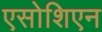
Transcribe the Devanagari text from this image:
एसोशिएन